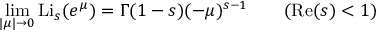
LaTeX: \operatorname* { l i m } _ { | \mu | \to 0 } \operatorname { L i } _ { s } ( e ^ { \mu } ) = \Gamma ( 1 - s ) ( - \mu ) ^ { s - 1 } \qquad ( \operatorname { R e } ( s ) < 1 )